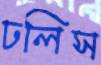
ঢলিস